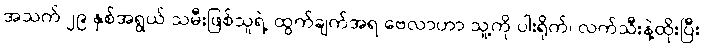
အသက် ၂၉ နှစ်အရွယ် သမီးဖြစ်သူရဲ့ ထွက်ချက်အရ ဗေလာဟာ သူ့ကို ပါးရိုက်၊ လက်သီးနဲ့ထိုးပြီး